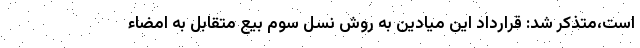
است،متذکر شد: قرارداد این میادین به روش نسل سوم بیع متقابل به امضاء